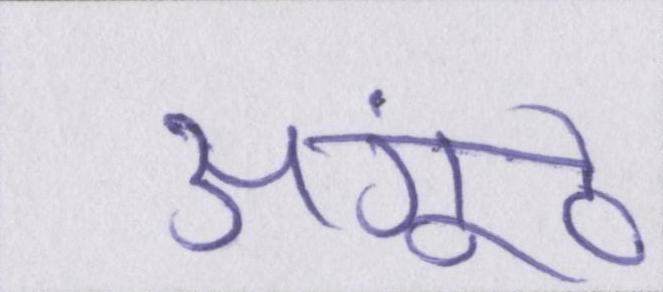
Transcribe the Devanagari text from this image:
अंगूठे